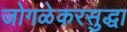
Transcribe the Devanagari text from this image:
जोगळेकरसुद्धा